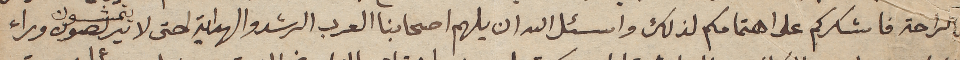
بالراحة فاشكركم على اهتمامكم لذلك واسئل الله ان يلهم اصحابنا العرب الرشد والهداية لحتى لا يتربصون يتمشون وراء